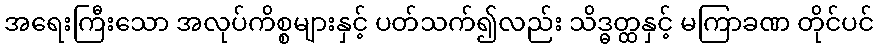
အရေးကြီးသော အလုပ်ကိစ္စများနှင့် ပတ်သက်၍လည်း သိဒ္ဓတ္ထနှင့် မကြာခဏ တိုင်ပင်